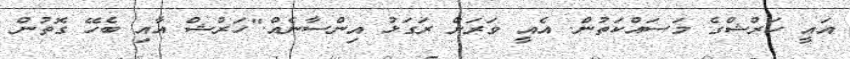
އައީ ހަރްޝްގެ މަސައްކަތުން. އެއީ ވަރަށް ރަގަޅު އިންސާނެއް."ހަރްޝް އާއި ބެހޭ ގޮތުން